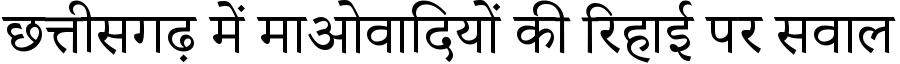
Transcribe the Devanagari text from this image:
छत्तीसगढ़ में माओवादियों की रिहाई पर सवाल